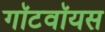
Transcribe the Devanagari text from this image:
गॉटवॉयस